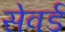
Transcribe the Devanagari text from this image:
सेवर्ड